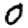
Digit: 0